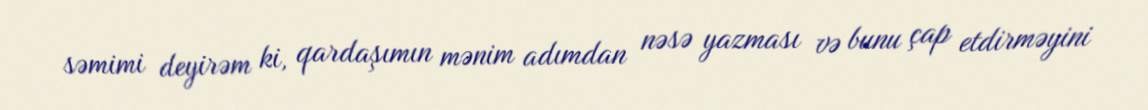
səmimi deyirəm ki, qardaşımın mənim adımdan nəsə yazması və bunu çap etdirməyini